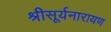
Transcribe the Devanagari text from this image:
श्रीसूर्यनारायण